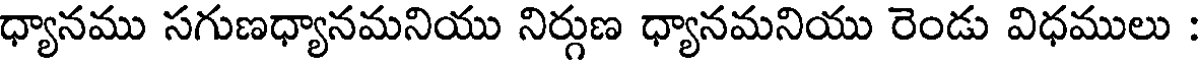
ధ్యానము సగుణధ్యానమనియు నిర్గుణ ధ్యానమనియు రెండు విధములు :